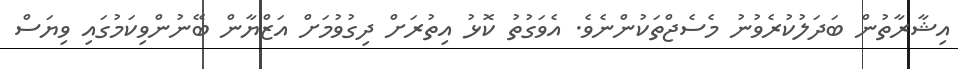
އިޝާރާތުން ބަދަލުކުރެވުނު މެސެޖްތަކުންނެވެ. އެވަގުތު ކޮޅު އިތުރަށް ދިގުވުމަށް އަޒްޔާން ބޭނުންވިކަމުގައި ވިޔަސް